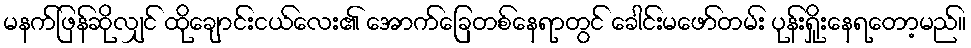
မနက်ဖြန်ဆိုလျှင် ထိုချောင်းငယ်လေး၏ အောက်ခြေတစ်နေရာတွင် ခေါင်းမဖော်တမ်း ပုန်းရှိုးနေရတော့မည်။